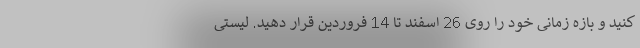
کنید و بازه زمانی خود را روی 26 اسفند تا 14 فروردین قرار دهید. لیستی